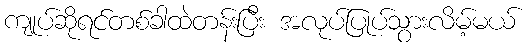
ကျုပ်ဆိုရင်တစ်ခါထဲတန်းပြီး အလုပ်ပြုပ်သွားလိမ့်မယ်